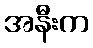
အနီးက